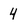
Character: 4